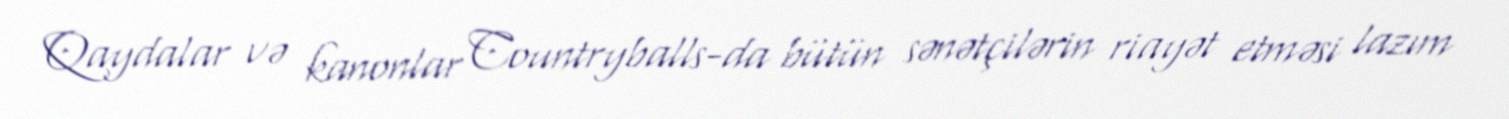
Qaydalar və kanonlar Countryballs-da bütün sənətçilərin riayət etməsi lazım